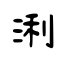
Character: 浰